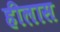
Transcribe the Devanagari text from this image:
हीलास